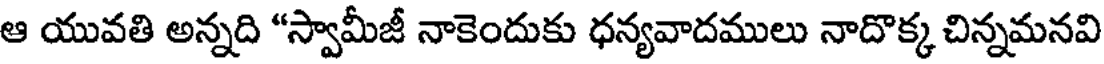
ఆ యువతి అన్నది "స్వామీజీ నాకెందుకు ధన్యవాదములు నాదొక్క చిన్నమనవి